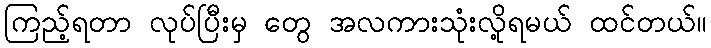
ကြည့်ရတာ လုပ်ပြီးမှ တွေ အလကားသုံးလို့ရမယ် ထင်တယ်။